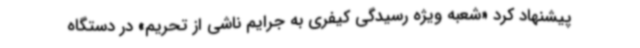
پیشنهاد کرد «شعبه ویژه رسیدگی کیفری به جرایم ناشی از تحریم» در دستگاه